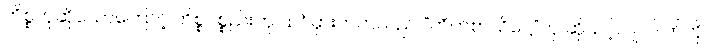
ကိစ္စဟုဆိုသောကြောင့် ကိစ္စပစ္စည်းဟု ထင်မှားတတ်သည်၊ “ကိတ်စာသိဋ္ဌေ”ဟု ဆိုသင့်လျက် တ်ကို